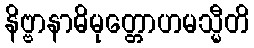
နိဗ္ဗာနာဓိမုတ္တောဟမသ္မီတိ